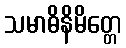
သမာဓိနိမိတ္တေ